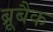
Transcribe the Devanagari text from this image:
ब्रूबैक